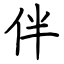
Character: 伴